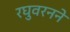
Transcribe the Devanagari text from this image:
रघुवरनने